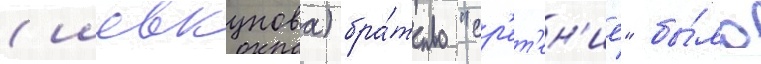
(шевкунова) бра́тство "ср'ет'ен'ие" бы́ло